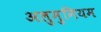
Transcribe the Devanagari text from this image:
अलुमुनियम